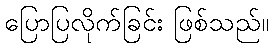
ပြောပြလိုက်ခြင်း ဖြစ်သည်။